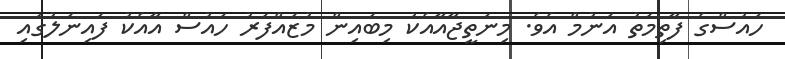
ހައުސްގެ ފާތިމަތު އަނުމް އެވެ. މިނަތީޖާއާއެކު މިބައިން މުޒައްފަރު ހައުސް އާއެކު ފައިނަލުގައި